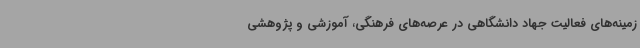
زمینه‌های فعالیت‌ جهاد دانشگاهی در عرصه‌های فرهنگی، آموزشی و پژوهشی